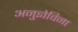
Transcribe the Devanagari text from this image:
अनुज्ञेविना